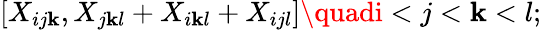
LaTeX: [X_{ij\mathbf{k}},X_{j\mathbf{k}l}+X_{i\mathbf{k}l}+X_{ijl}]\quadi<j<\mathbf{k}<l;